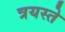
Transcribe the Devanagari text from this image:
त्रयस्ते